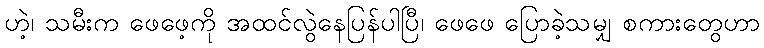
ဟဲ့၊ သမီးက ဖေဖေ့ကို အထင်လွဲနေပြန်ပါပြီ၊ ဖေဖေ ပြောခဲ့သမျှ စကားတွေဟာ